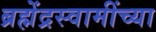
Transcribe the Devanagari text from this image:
ब्रह्मेंद्रस्वामींच्या